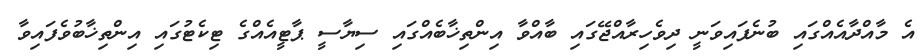
އެ މާއްދާއެއްގައި ބުނެފައިވަނީ ދިވެހިރާއްޖޭގައި ބާއްވާ އިންތިޚާބެއްގައި ސިޔާސީ ޕާޓީއެއްގެ ޓިކެޓުގައި އިންތިޚާބުވެފައިވާ